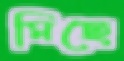
মিছে